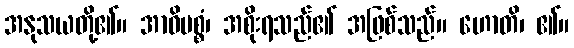
အနုသယတို့၏။ အာဓိပစ္စံ၊ အစိုးရသည်၏ အဖြစ်သည်။ ဟောတိ၊ ၏။